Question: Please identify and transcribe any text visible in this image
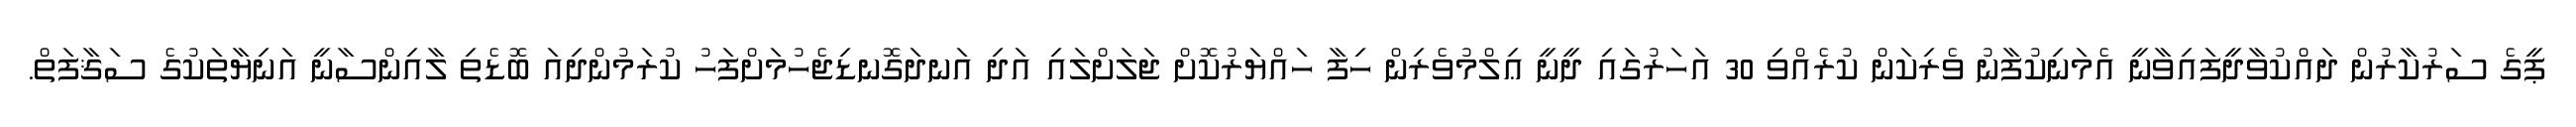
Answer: ޕީގެ ސަރުކާރުން ދައްކުވާދީފައިވާނީ އެމަނިކުފާނު ވެރިކަން ކުރެއްވި 30 އަހަރުގައި ދީނީ ޢިލްމުވެރިން ހިފާ ހައްޔަރުކޮށް ޖަލަށްލައި އަދި އަނދަގޮނޑިޖެހުމަށްފަހު ކުރަމުންދިއަ ބޮޑެތި ލާއިންސާނީ އަނިޔާތަކުގެ ސަޤާފަތް.